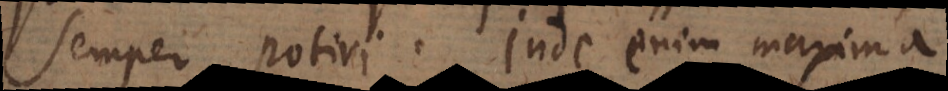
semper potiri. Inde enim maxima